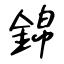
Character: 錦